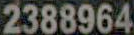
2388964